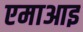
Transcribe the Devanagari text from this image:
एमाआइ